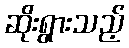
ဆိုးရွားသည့်